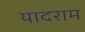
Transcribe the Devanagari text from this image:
यादराम